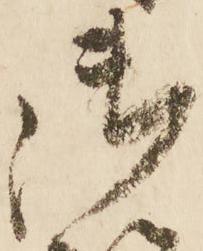
御